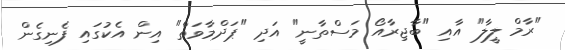
"ރާމް ލީލާ" އާއި "ބާޖިރާއޯ މަސްތާނީ" އަދި "ޕަދްމާވަތް" އިން އެކުގައި ފެނިގެން